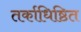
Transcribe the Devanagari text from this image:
तर्काधिष्ठित